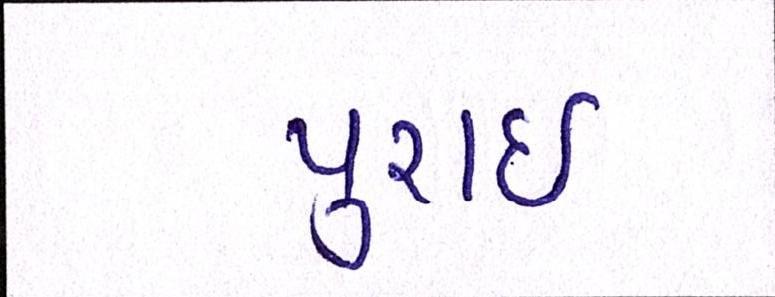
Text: પુરાઈ